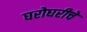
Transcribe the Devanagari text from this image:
घरोघरीचे